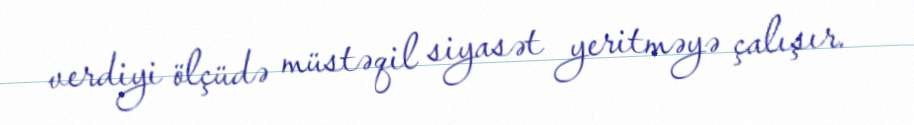
verdiyi ölçüdə müstəqil siyasət yeritməyə çalışır.